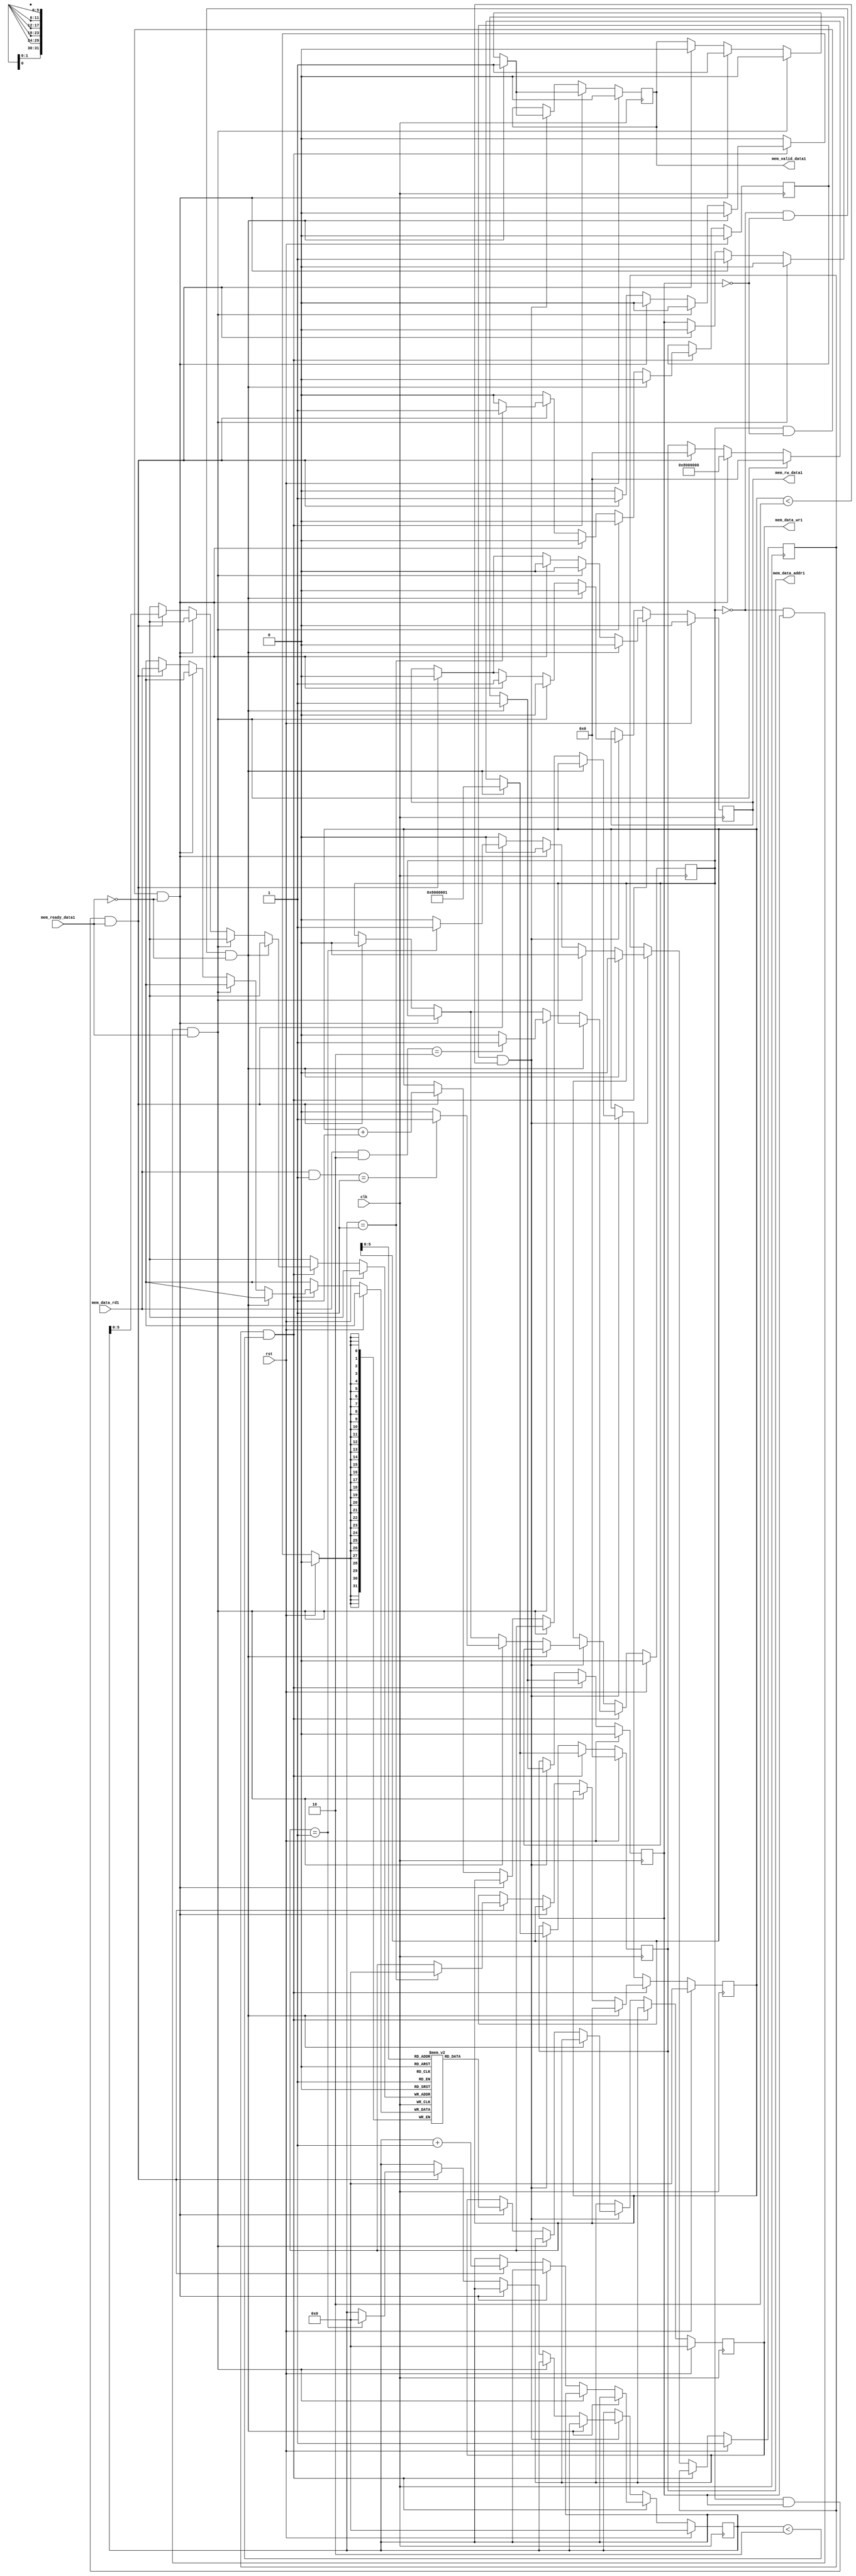
`timescale 1ns / 1ps
//////////////////////////////////////////////////////////////////////////////////
// Company: 
// Engineer: 
// 
// Design Name: 
// Module Name:    write_data_mem 
// Project Name: 
// Target Devices: 
// Tool versions: 
// Description: 
//
// Dependencies: 
//
// Revision: 
// Revision 0.01 - File Created
// Additional Comments: 
//
//////////////////////////////////////////////////////////////////////////////////
module Dcache_dummy #(
      parameter NUMBER_OF_ACCESS = 2
		)
(
		input clk,
		input rst,
		
	output  	reg   [31:0] mem_data_wr1,
								// Input data from cache
								
	input   [31:0] mem_data_rd1,
								// Output the data to cache
								
   output   reg     [27:0]  mem_data_addr1,
								// DDR2 address from cache to read/write the data from/to
								
	output reg               mem_rw_data1,
	                     // To indicate read/write command from cache
								
	output reg               mem_valid_data1,
	                     // To indicate from cache if command is valid
								
	input 				  mem_ready_data1
		
    );

	reg [31:0] temp_mem [0:49];
	reg [31:0] rom_addr_rd;
	reg [31:0] rom_addr_wr;	
	reg [31:0] temp_data;


	reg read_done;
	reg write_done;
	reg poll;
	reg wait_for_response;
	
	wire [31:0] temp_poll_rd;
	wire [31:0] temp_poll_wr;
	
	assign temp_poll_rd = (mem_data_rd1 & 32'h00000002);
	assign temp_poll_wr = (mem_data_rd1 & 32'h00000001);	

// Read Block	
	always @(posedge clk)
	begin
	if(rst)
		begin
		read_done <= 0;
		write_done <= 1; // Initial Write done 
		rom_addr_rd <= 0;
		rom_addr_wr <= 0;
		poll <= 0;  // If poll is 0 implies still poll
		wait_for_response <= 0;
		read_done <= 0;
		mem_valid_data1 <= 0;
		mem_rw_data1 <= 0;
		mem_data_addr1 <= 28'd0;
		mem_data_wr1 <= 28'd0;
		end
		
	else if (write_done && rom_addr_rd < NUMBER_OF_ACCESS)  // write is done, start read

		begin
		read_done <= 0; // Read started again
			if(poll == 0 && wait_for_response == 0 && ~mem_ready_data1) // Keep polling
				begin
				mem_valid_data1 <= 1;
				mem_rw_data1 <= 0;
				mem_data_addr1 <= 28'h8000001;
				wait_for_response <= 1;
				end
				
			else if(poll == 0 && wait_for_response == 1 && mem_ready_data1) // Poll response came
				begin
				mem_valid_data1 <= 0;
				mem_rw_data1 <= 0;
				mem_data_addr1 <= 28'd0;
				wait_for_response <= 0;
					if( temp_poll_rd == 32'h00000002 )
					poll <= 1; // Polling done
					else 
					poll <= 0;
					
				end
				
		   else if(poll == 1 && wait_for_response == 0 && ~mem_ready_data1) // Poll succesful Read register
				begin
				mem_valid_data1 <= 1;
				mem_rw_data1 <= 0;
				mem_data_addr1 <= 28'h8000000;
				wait_for_response <= 1;
				end
				
			else if(poll == 1 && wait_for_response == 1 && mem_ready_data1) // Poll response came
				begin
				mem_valid_data1 <= 0;
				mem_rw_data1 <= 0;
				mem_data_addr1 <= 28'd0;
				wait_for_response <= 0;
				poll <= 0;  // Again poll
            temp_mem[rom_addr_rd] <= mem_data_rd1; // Storing data in memory
				rom_addr_rd <= rom_addr_rd + 1;	
				
				if(rom_addr_rd == (NUMBER_OF_ACCESS - 1))
				begin
				read_done <= 1;
				rom_addr_wr <= 32'd0;
				end
				else
				read_done <= 0;
				
				end	
			
		end // end of read part
		


	else if (read_done && rom_addr_wr < NUMBER_OF_ACCESS)  // read is done, start write
		begin
		write_done <= 0; // Write started again
			if(poll == 0 && wait_for_response == 0 && ~mem_ready_data1) // Keep polling
				begin
				mem_valid_data1 <= 1;
				mem_rw_data1 <= 0;
				mem_data_addr1 <= 28'h8000001;
				wait_for_response <= 1;
				end
				
			else if(poll == 0 && wait_for_response == 1 && mem_ready_data1) // Poll response came
				begin
				mem_valid_data1 <= 0;
				mem_rw_data1 <= 0;
				mem_data_addr1 <= 28'd0;
				wait_for_response <= 0;
					if( temp_poll_wr == 32'h00000001 )
					poll <= 1; // Polling done
					else 
					poll <= 0;
					
				end
				
		   else if(poll == 1 && wait_for_response == 0 && ~mem_ready_data1) // Poll succesful Write register
				begin
				mem_valid_data1 <= 1;
				mem_rw_data1 <= 1;
				mem_data_addr1 <= 28'h8000000;
				mem_data_wr1 <= temp_mem[rom_addr_wr];
				wait_for_response <= 1;
				end
				
			else if(poll == 1 && wait_for_response == 1 && mem_ready_data1) // response came
				begin
				mem_valid_data1 <= 0;
				mem_rw_data1 <= 0;
				mem_data_addr1 <= 28'd0;
				wait_for_response <= 0;
				poll <= 0;  // Again poll
            rom_addr_wr <= rom_addr_wr + 1;	
				
				if(rom_addr_wr == (NUMBER_OF_ACCESS - 1))
				begin
				write_done <= 1;
				rom_addr_rd <= 32'd0;
				end
				else
				write_done <= 0;
				
				end	
			
		end // end of write part		
		
		
	end // end of always block
	
	
	
endmodule